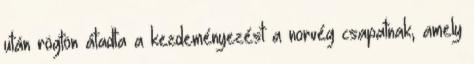
után rögtön átadta a kezdeményezést a norvég csapatnak, amely